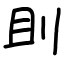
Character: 刞